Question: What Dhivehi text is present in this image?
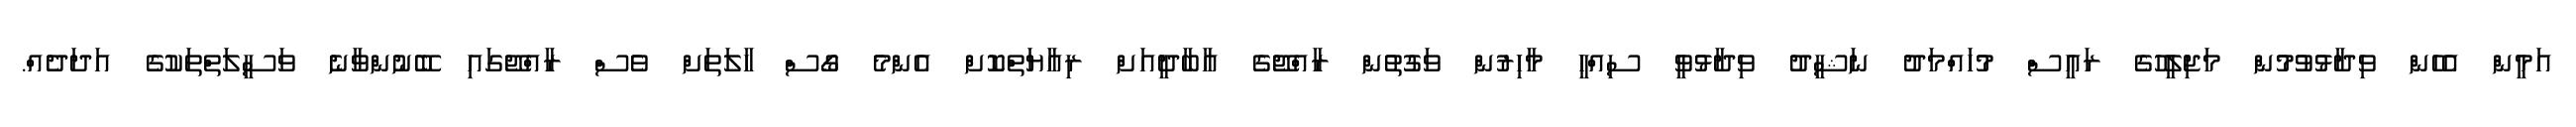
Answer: އަމީން އެހެން ވިދާޅުވުމުން މަޖިލީހުގެ ރައީސް މުހައްމަދު ނަޝީދު ވިދާޅުވީ ސިއްހީ މާހިރުން ވަގުތުން ރާއްޖޭގެ އާބާދީއަށް ރިއާޔަތްކޮށް އެންމެ ގޯސް ހާލަތަށް ވެސް ރާއްޖޭގައި ބޭނުންވާނެ ވަސީލަތްތަކުގެ އަދަދެއް.